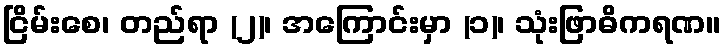
ငြိမ်းစေ၊ တည်ရာ (၂)၊ အကြောင်းမှာ (၁)၊ သုံးဖြာဓိကရဏ။